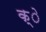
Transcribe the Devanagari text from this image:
क्े